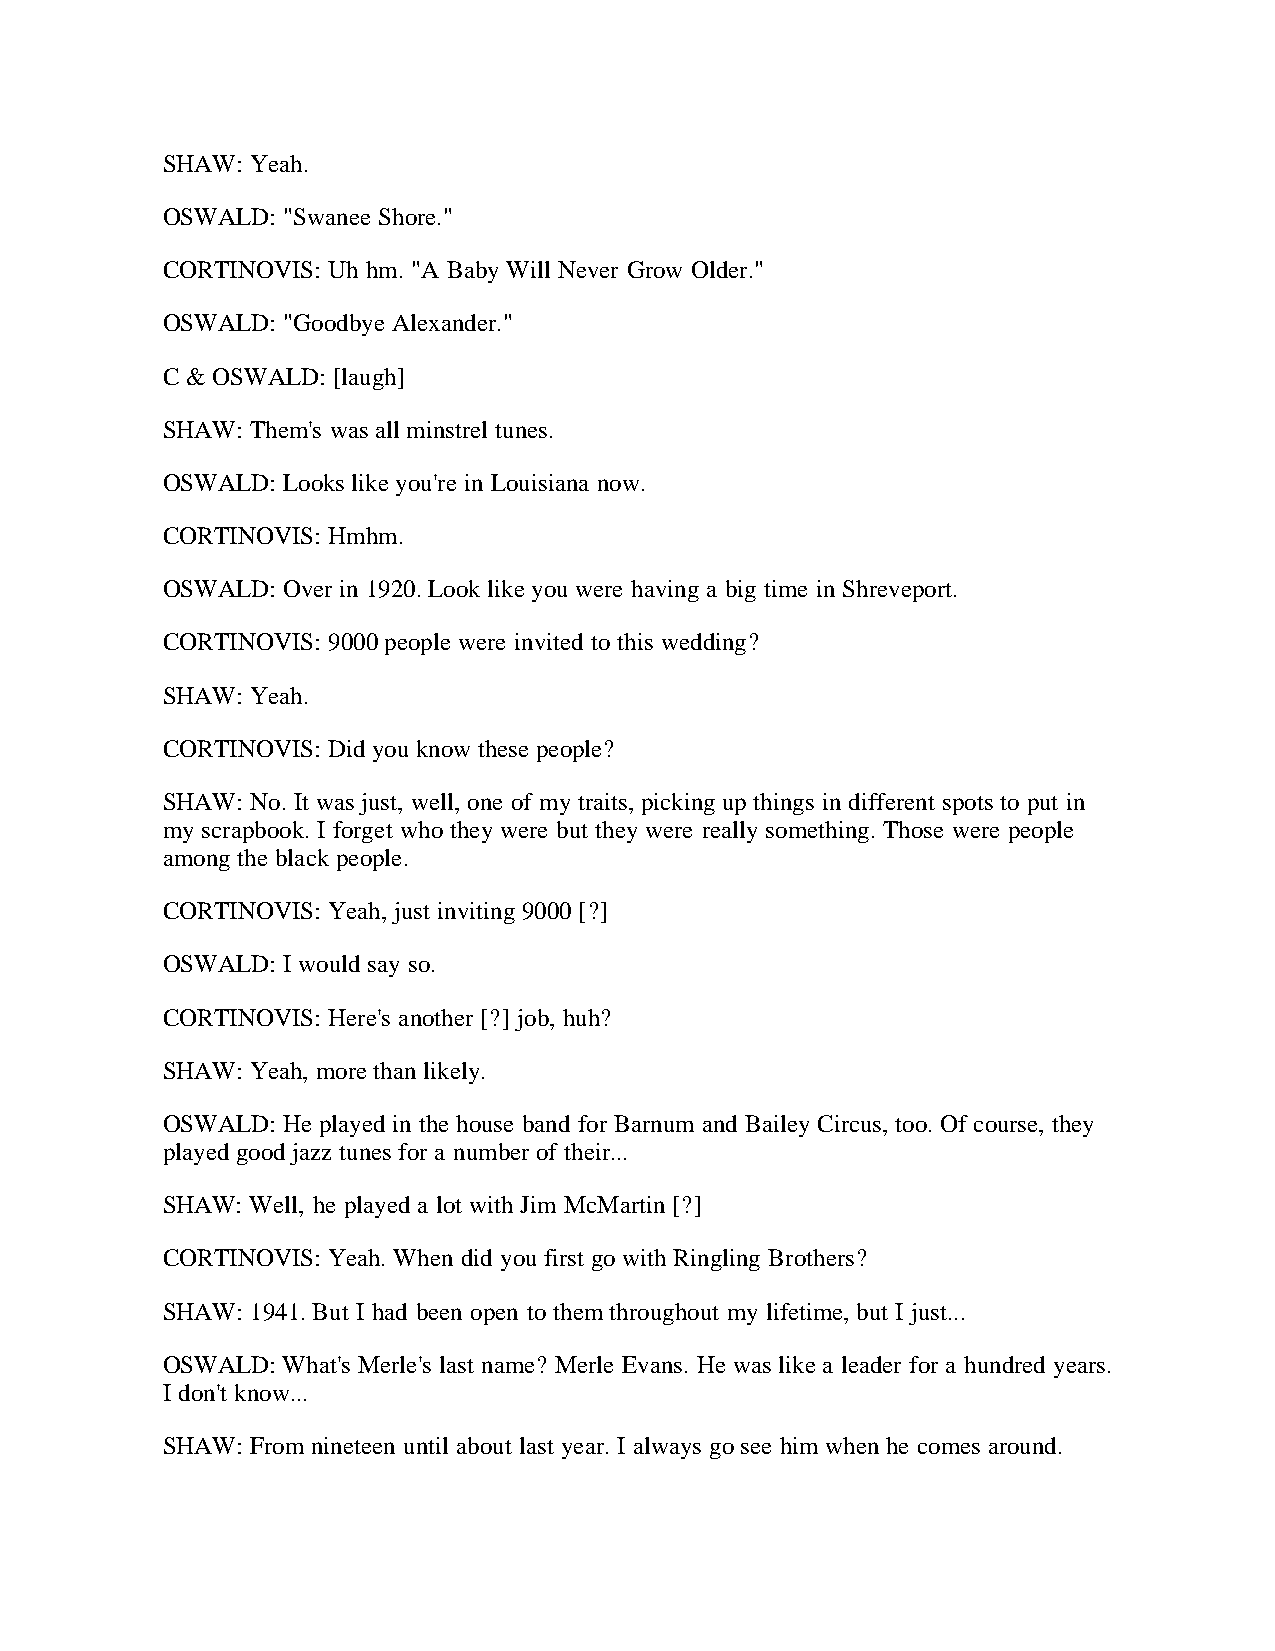
SHAW: Yeah.
 OSWALD: "Swanee Shore."
 CORTINOVIS: Uh hm. "A Baby Will Never Grow Older."
 OSWALD: "Goodbye Alexander."
 C & OSWALD: [laugh]
 SHAW: Them's was all minstrel tunes.
 OSWALD: Looks like you're in Louisiana now.
 CORTINOVIS: Hmhm.
 OSWALD: Over in 1920. Look like you were having a big time in Shreveport.
 CORTINOVIS: 9000 people were invited to this wedding?
 SHAW: Yeah.
 CORTINOVIS: Did you know these people?
 SHAW: No. It was just, well, one of my traits, picking up things in different spots to put in
 my scrapbook. I forget who they were but they were really something. Those were people
 among the black people.
 CORTINOVIS: Yeah, just inviting 9000 [?]
 OSWALD: I would say so.
 CORTINOVIS: Here's another [?] job, huh?
 SHAW: Yeah, more than likely.
 OSWALD: He played in the house band for Barnum and Bailey Circus, too. Of course, they
 played good jazz tunes for a number of their...
 SHAW: Well, he played a lot with Jim McMartin [?]
 CORTINOVIS: Yeah. When did you first go with Ringling Brothers?
 SHAW: 1941. But I had been open to them throughout my lifetime, but I just...
 OSWALD: What's Merle's last name? Merle Evans. He was like a leader for a hundred years.
 I don't know...
 SHAW: From nineteen until about last year. I always go see him when he comes around.